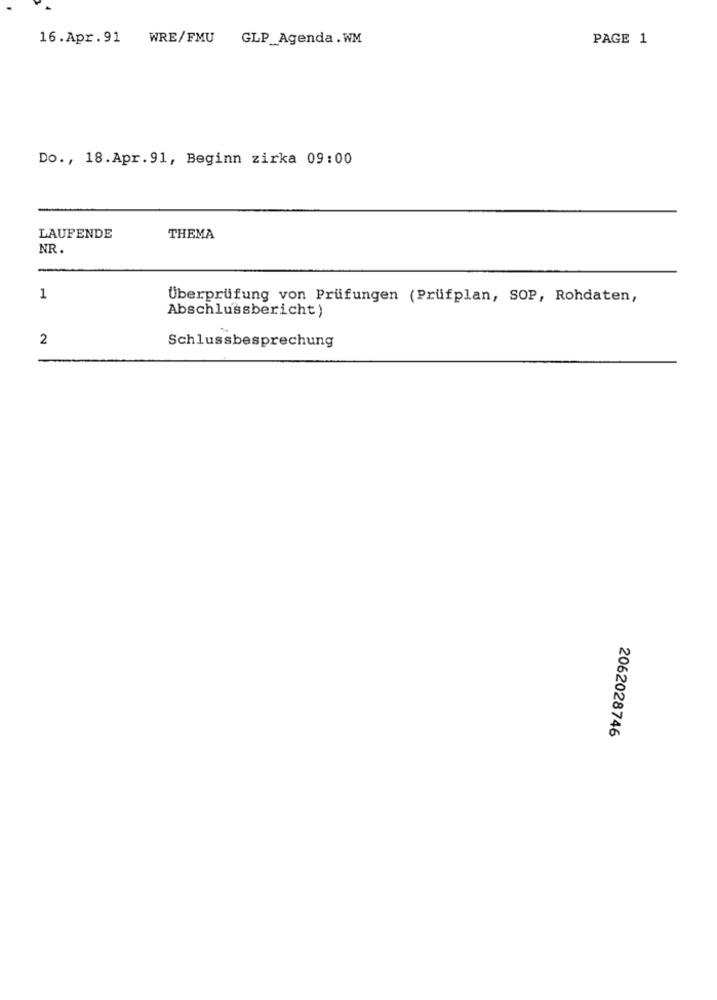
16.Apr. 91 WRE/FMU
GLP_Agenda .WM
PAGE 1
Do ., 18.Apr.91, Beginn zirka 09:00
LAUFENDE
THEMA
NR.
1
Überprüfung von Prüfungen (Prüfplan, SOP, Rohdaten,
Abschlussbericht)
2
Schlussbesprechung
2062028746